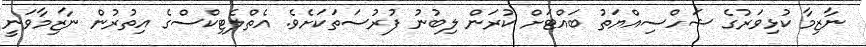
ނާޒިމާ ކުޅިވަރުގެ ޝަހްސިއްޔަތު ބައްޓަށް ކުރަން ލިބުނު ފުރުސަތަކަށެވެ. އެތްލެޓިކްސްގެ އިތުރުން ނާޒިމާވަނީ